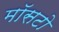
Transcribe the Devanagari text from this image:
मॉसटो